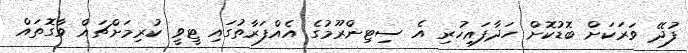
ފުދޭ ވަރަކަށް ބޮޑުކޮށް ހަދާފައިހުރި އެ ސިޓިންރޫމުގެ އެއްފަރާތުގައި ޓީވީ ކުރިމަށްޗައް ވާގޮތައް